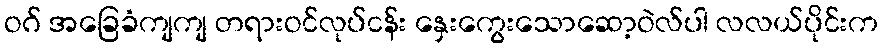
ဝဂ် အခြေခံကျကျ တရားဝင်လုပ်ငန်း နှေးကွေးသောဆော့ဝဲလ်ပါ လလယ်ပိုင်းက